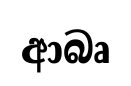
ආබෘ